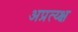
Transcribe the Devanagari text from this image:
अप्रत्य्क्ष